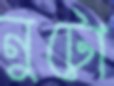
নুটো